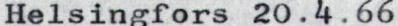
Helsingfors 20.4.66